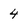
Character: 4